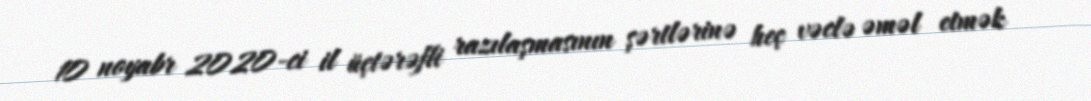
10 noyabr 2020-ci il üçtərəfli razılaşmasının şərtlərinə heç vəclə əməl etmək